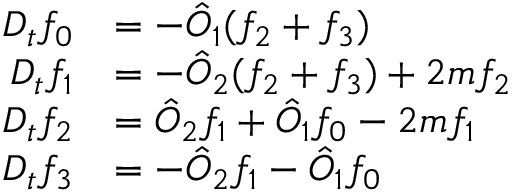
\begin{array} { r l } { D _ { t } f _ { 0 } } & { = - \hat { O } _ { 1 } ( f _ { 2 } + f _ { 3 } ) } \\ { D _ { t } f _ { 1 } } & { = - \hat { O } _ { 2 } ( f _ { 2 } + f _ { 3 } ) + 2 m f _ { 2 } } \\ { D _ { t } f _ { 2 } } & { = \hat { O } _ { 2 } f _ { 1 } + \hat { O } _ { 1 } f _ { 0 } - 2 m f _ { 1 } } \\ { D _ { t } f _ { 3 } } & { = - \hat { O } _ { 2 } f _ { 1 } - \hat { O } _ { 1 } f _ { 0 } } \end{array}